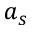
a _ { s }